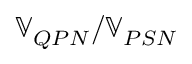
\mathbb { V } _ { Q P N } / \mathbb { V } _ { P S N }